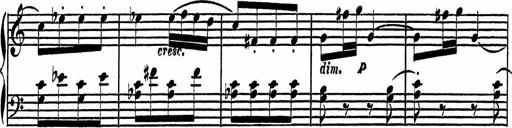
Title: 4 Piano Sonatinas
Composer: Adam Geibel